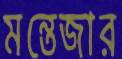
মন্তেজার